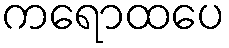
ကရောထပေ